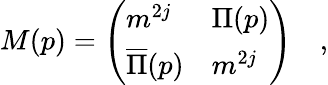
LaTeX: M(p)=\left(\begin{array}{ll}{{m^{2j}}}&{{\Pi(p)}}\\ {{\overline{{\Pi}}(p)}}&{{m^{2j}}}\end{array}\right)\quad,